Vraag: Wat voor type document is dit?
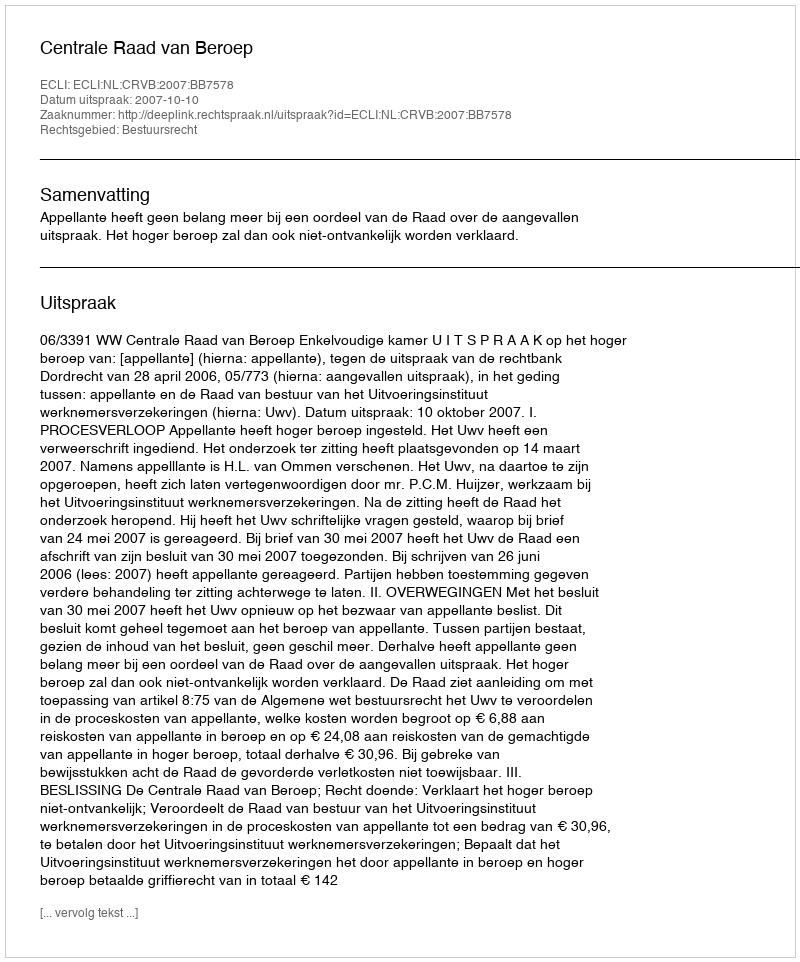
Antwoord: Uitspraak